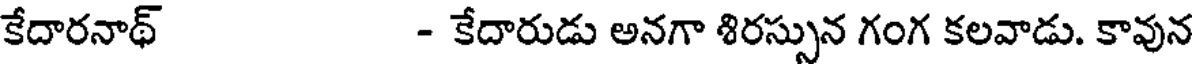
కేదారనాథ్ - కేదారుడు అనగా శిరస్సున గంగ కలవాడు. కావున